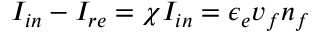
I _ { i n } - I _ { r e } = \chi I _ { i n } = \epsilon _ { e } v _ { f } n _ { f }